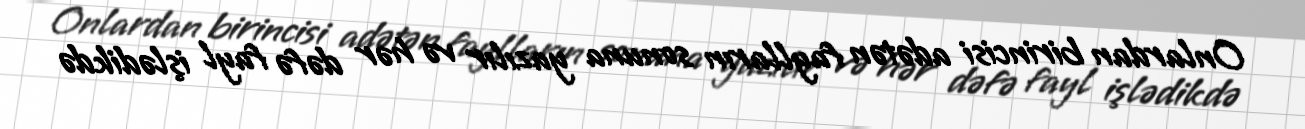
Onlardan birincisi adətən faylların sonuna yazılır və hər dəfə fayl işlədikdə